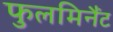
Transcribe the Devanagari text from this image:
फुलमिनैंट